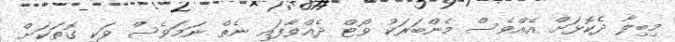
މިބިލާ ދެކޮޅަށް އެއްވެސް މެންބަރަކު ވޯޓް ދެއްވާފައި ނެތް ނަމަވެސް ވަކި ގޮތަކަށް